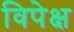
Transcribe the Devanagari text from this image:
विपेक्ष